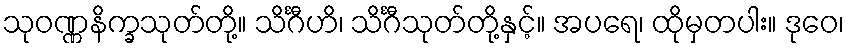
သုဝဏ္ဏနိက္ခသုတ်တို့။ သိင်္ဂီဟိ၊ သိင်္ဂီသုတ်တို့နှင့်။ အပရေ၊ ထိုမှတပါး။ ဒုဝေ၊